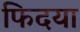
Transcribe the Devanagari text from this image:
फिदया